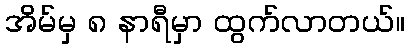
အိမ်မှ ၈ နာရီမှာ ထွက်လာတယ်။